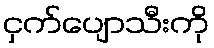
ငှက်ပျောသီးကို